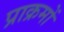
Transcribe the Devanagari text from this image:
प्राक्रमों